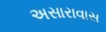
અસારાવાસ